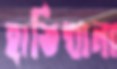
হাতিখানা